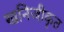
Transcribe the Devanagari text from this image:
खनिजीकृत